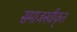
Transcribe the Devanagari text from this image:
समाजस्वीकृत